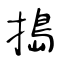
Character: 搗